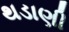
થડાણી